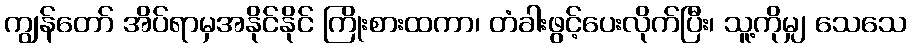
ကျွန်တော် အိပ်ရာမှအနိုင်နိုင် ကြိုးစားထကာ၊ တံခါးဖွင့်ပေးလိုက်ပြီး၊ သူ့ကိုမျှ သေသေ